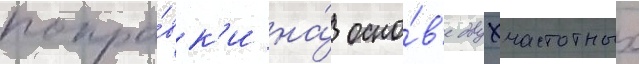
попра́вк'и на́ осно́в'е двухчастотных